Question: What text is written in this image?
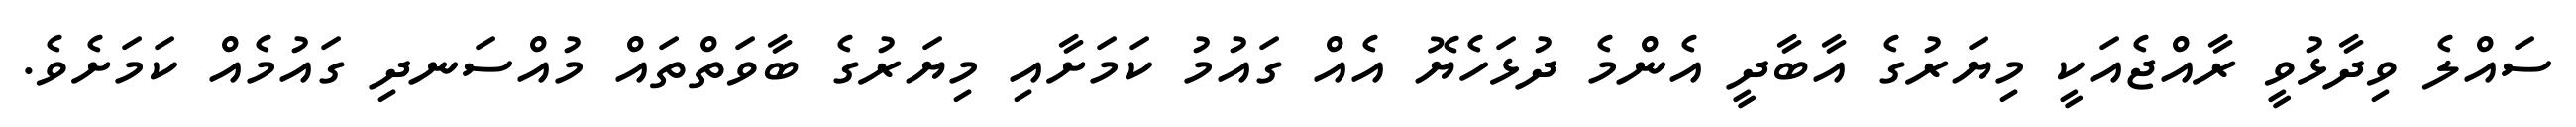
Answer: ސައްލެ ވިދާޅުވީ ރާއްޖެއަކީ މިޔަރުގެ އާބާދީ އެންމެ ދުޅަހެޔޮ އެއް ގައުމު ކަމަށާއި މިޔަރުގެ ބާވަތްތައް މުއްސަނދި ގައުމެއް ކަމަށެވެ.